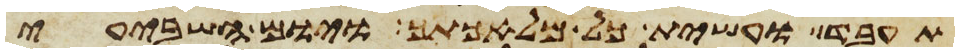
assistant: תעבד ועשית כל מלאכתך ויום השביעי